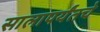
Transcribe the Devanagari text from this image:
सालापर्यंतचे